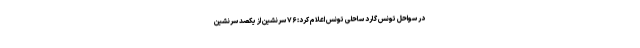
در سواحل تونس گارد ساحلی تونس اعلام کرد: ۷۶ سرنشین از یکصد سرنشین